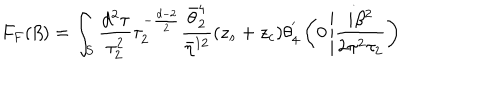
F _ { F } ( \beta ) = \int _ { S } \frac { d ^ { 2 } \tau } { \tau _ { 2 } ^ { 2 } } \tau _ { 2 } ^ { - \frac { d - 2 } { 2 } } \frac { \bar { \theta } _ { 2 } ^ { 4 } } { \bar { \eta } ^ { 1 2 } } ( z _ { s } + z _ { c } ) \theta _ { 4 } ^ { ' } \left( 0 \left| \frac { i \beta ^ { 2 } } { 2 \pi ^ { 2 } \tau _ { 2 } } \right. \right)